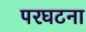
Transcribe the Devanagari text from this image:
परघटना